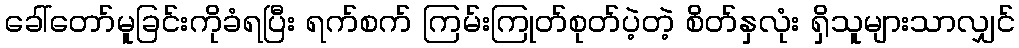
ခေါ်တော်မူခြင်းကိုခံရပြီး ရက်စက် ကြမ်းကြုတ်စုတ်ပဲ့တဲ့ စိတ်နှလုံး ရှိသူများသာလျှင်